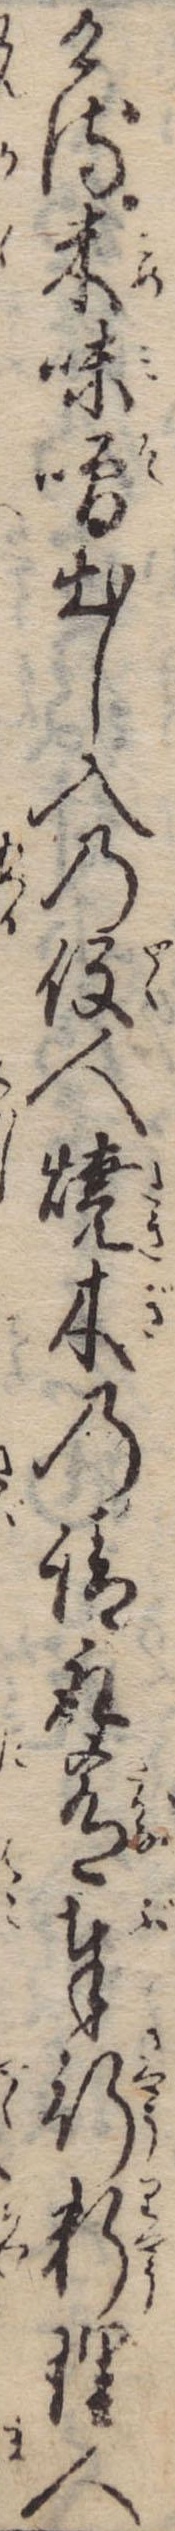
ける米味噌出し入の役人焼木の請取肴奉行料理人